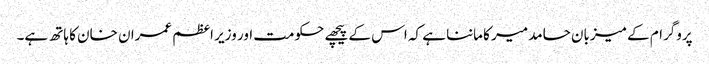
پروگرام کے میزبان حامد میر کا ماننا ہے کہ اس کے پیچھے حکومت اور وزیر اعظم عمران خان کا ہاتھ ہے۔